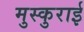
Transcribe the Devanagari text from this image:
मुस्कुराई